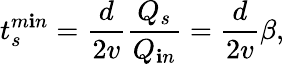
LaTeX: t_{s}^{m\mathbf{i}n}=\frac{{d}}{{2v}}\frac{{Q_{s}}}{{Q_{\mathbf{i}n}}}=\frac{{d}}{{2v}}\beta,